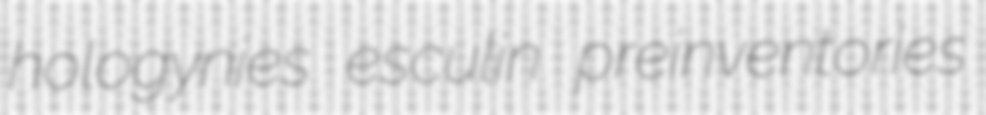
hologynies esculin preinventories